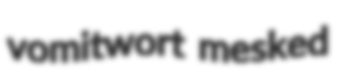
vomitwort mesked